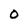
Character: O